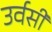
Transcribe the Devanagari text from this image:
उर्वसी